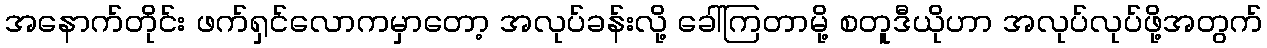
အနောက်တိုင်း ဖက်ရှင်လောကမှာတော့ အလုပ်ခန်းလို့ ခေါ်ကြတာမို့ စတူဒီယိုဟာ အလုပ်လုပ်ဖို့အတွက်